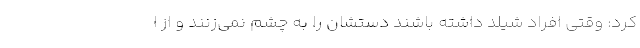
کرد: وقتی افراد شیلد داشته باشند دستشان را به چشم نمی‌زنند و از ا